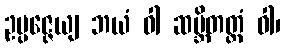
ဥပ္ပဇ္ဇေယျ ဘယံ ဝါ ဆမ္ဘိတတ္တံ ဝါ၊